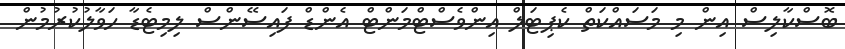
ބޮސްކާލިސް އިން މި މަސައްކަތް ކެޕިޓަލް އިންވެސްޓްމަންޓް އެންޑް ފައިސޭންސް ލިމިޓެޑާ ހަވާލުކުރުމުން